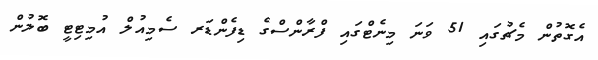
އެގޮތުން މެޗުގައި 51 ވަނަ މިނެޓްގައި ފްރާންސްގެ ޑިފެންޑަރ ސެމިއުލް އުމިޓިޓީ ބޮލުން